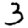
Digit: 3